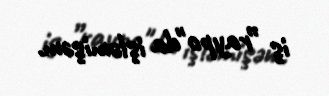
iş ”raypo"da işləmişəm.